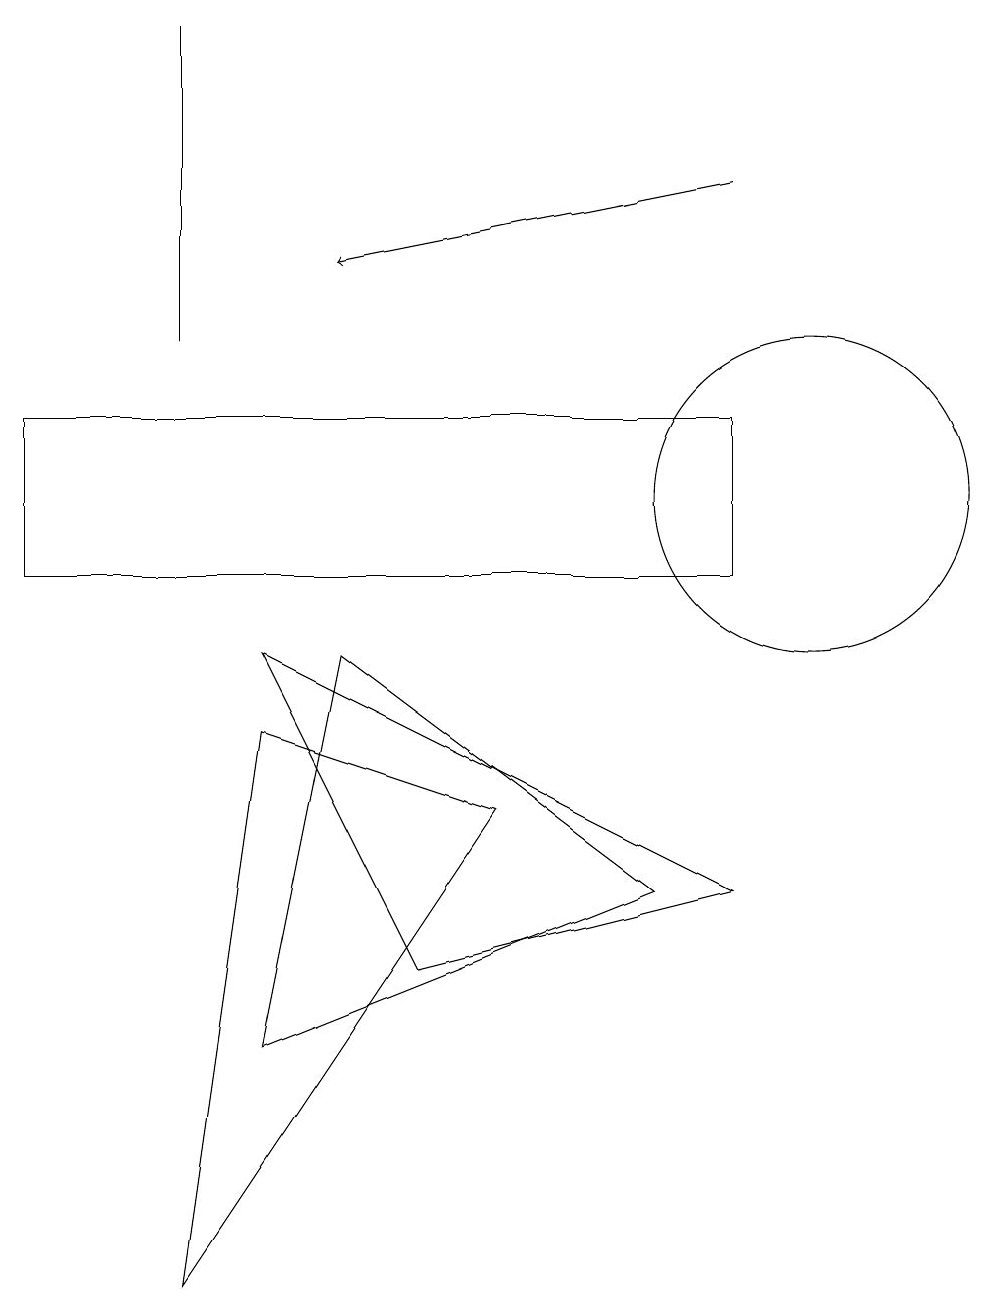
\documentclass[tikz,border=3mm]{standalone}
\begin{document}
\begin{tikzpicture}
\draw (3,4) -- (8,6) -- (4,9) -- cycle;
\draw (2,1) -- (6,7) -- (3,8) -- cycle;
\draw (3,9) -- (5,5) -- (9,6) -- cycle;
\draw (10,11) circle (2);
\draw (0,12) rectangle (9,10);
\draw (2,13) rectangle (2,17);
\draw[->] (9,15) -- (4,14);
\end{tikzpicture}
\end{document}